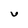
Character: U